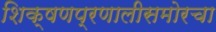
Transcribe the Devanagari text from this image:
शिक्षणप्रणालीसमोरचा